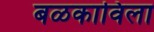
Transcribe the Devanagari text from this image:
बळकाविला